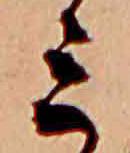
ミ